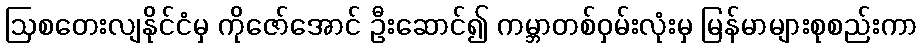
ဩစတေးလျနိုင်ငံမှ ကိုဇော်အောင် ဦးဆောင်၍ ကမ္ဘာတစ်ဝှမ်းလုံးမှ မြန်မာများစုစည်းကာ